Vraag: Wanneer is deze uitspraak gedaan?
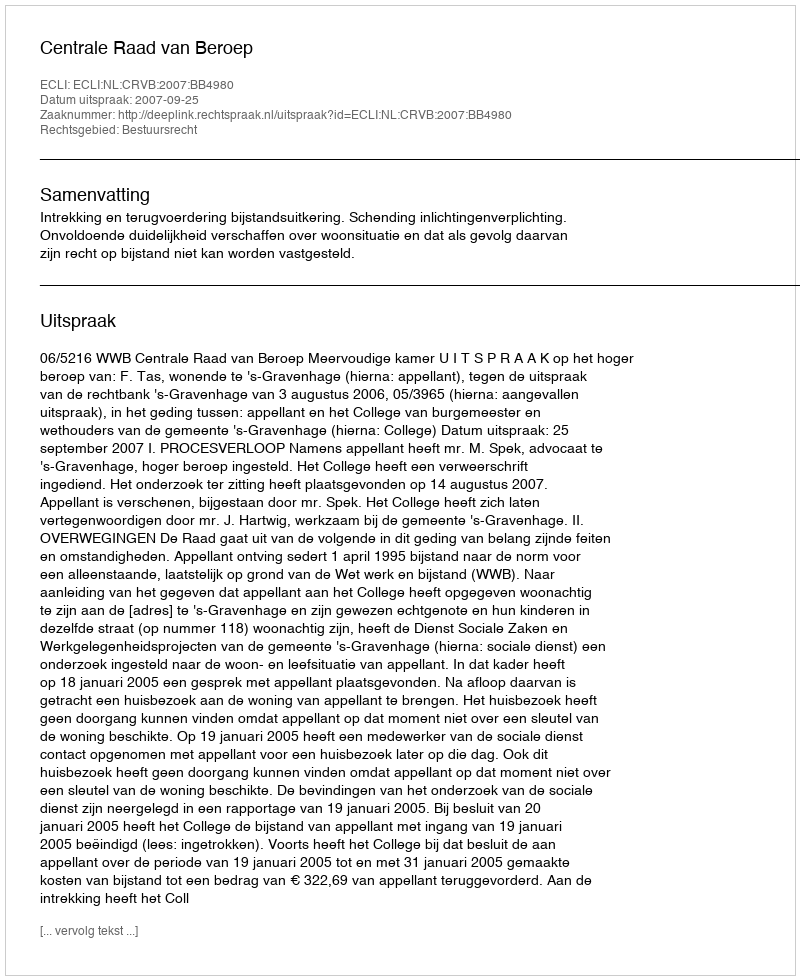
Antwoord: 2007-09-25